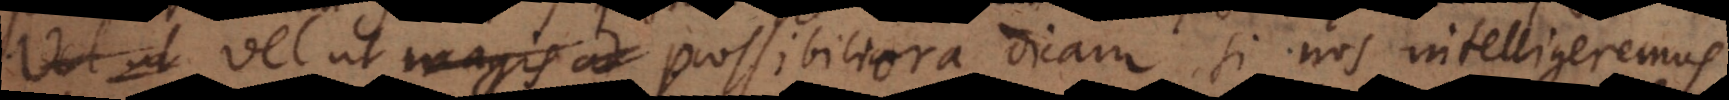
Vel ut magis ad possibiliora dicam, si nos intelligeremus